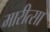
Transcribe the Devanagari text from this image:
मारीत्सा